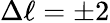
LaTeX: \Delta\ell=\pm 2